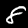
Label: 8